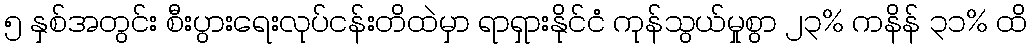
၅ နှစ်အတွင်း စီးပွားရေးလုပ်ငန်းတိထဲမှာ ရာရှားနိုင်ငံ ကုန်သွယ်မှုစွာ ၂၃% ကနိန် ၃၁% ထိ